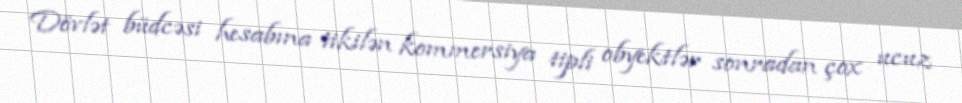
Dövlət büdcəsi hesabına tikilən kommersiya tipli obyektlər sonradan çox ucuz